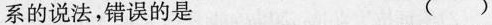
系的说法，错误的是 ( )